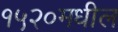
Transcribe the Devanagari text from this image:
१५२०मधील